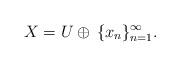
LaTeX: \begin{align*}X=U\oplus\,\{x_n\}_{n=1}^\infty.\end{align*}